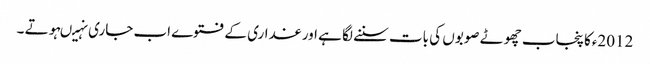
2012ءکا پنجاب چھوٹے صوبوں کی بات سننے لگا ہے اور غداری کے فتوے اب جاری نہیںہوتے ۔